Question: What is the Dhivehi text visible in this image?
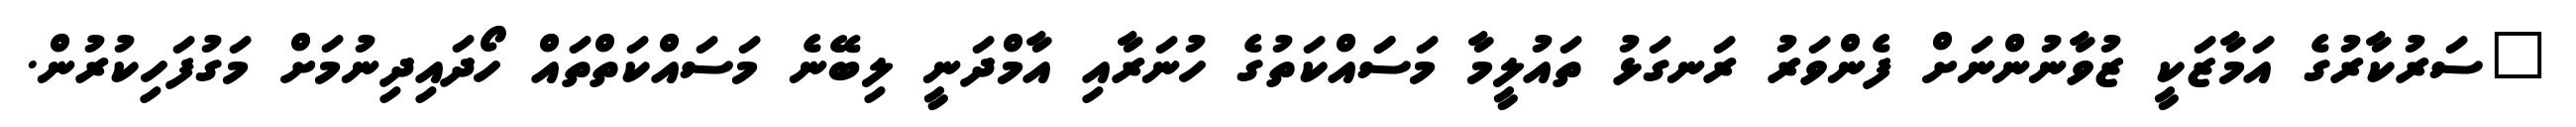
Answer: "ސަރުކާރުގެ އަމާޒަކީ ޒުވާނުންނަށް ފެންވަރު ރަނގަޅު ތައުލީމާ މަސަައްކަތުގެ ހުނަރާއި އާމްދަނީ ލިބޭނެ މަސައްކަތްތައް ހޯދައިދިނުމަށް މަގުފަހިކުރުން.